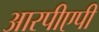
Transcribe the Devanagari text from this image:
आरपीएपी